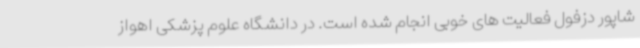
شاپور دزفول فعالیت های خوبی انجام شده است. در دانشگاه علوم پزشکی اهواز